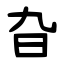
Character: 旮